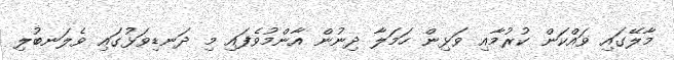
މާލޭގައި ވައްކަން ކުރުމާއި ވަޅިން ހަމަލާ ދިނުން އާންމުވެފައި މި ދަނޑިވަޅުގައި ވެލަނބުލި